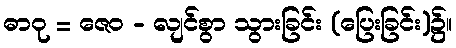
ဓာဝု = ဇေဝ - လျင်စွာ သွားခြင်း (ပြေးခြင်း)၌။